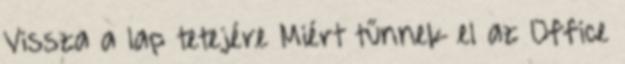
Vissza a lap tetejére Miért tűnnek el az Office